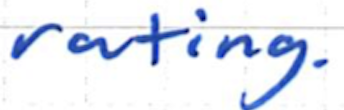
Text: rating.
Cross-out: clean
Writing tool: ballpoint